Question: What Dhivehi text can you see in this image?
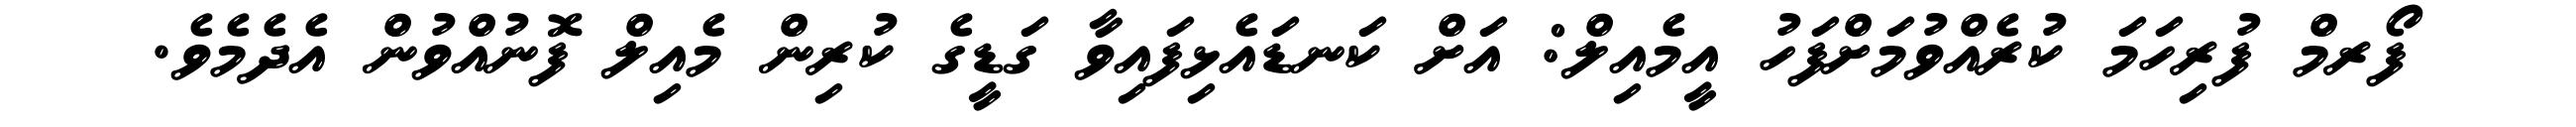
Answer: ފޯރމް ފުރިހަމަ ކުރެއްވުމަށްފަހު އީމެއިލް: އަށް ކަނޑައެޅިފައިވާ ގަޑީގެ ކުރިން މެއިލް ފޮނުއްވުން އެދެމެވެ.